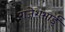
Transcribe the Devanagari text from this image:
राजेशभाई